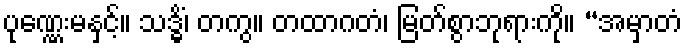
ပုဏ္ဏေးမနှင့်။ သဒ္ဓိံ၊ တကွ။ တထာဂတံ၊ မြတ်စွာဘုရားကို။ “အမှာတံ